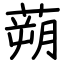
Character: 蒴